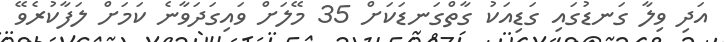
އަދި ވިލާ ގަނޑުގައި ގަޑިއަކު ގާތްގަނޑަކަށް 35 މޭލަށް ވައިގަދަވާނެ ކަމަށް ލަފާކުރެވޭ